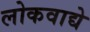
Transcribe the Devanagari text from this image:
लोकवाद्ये